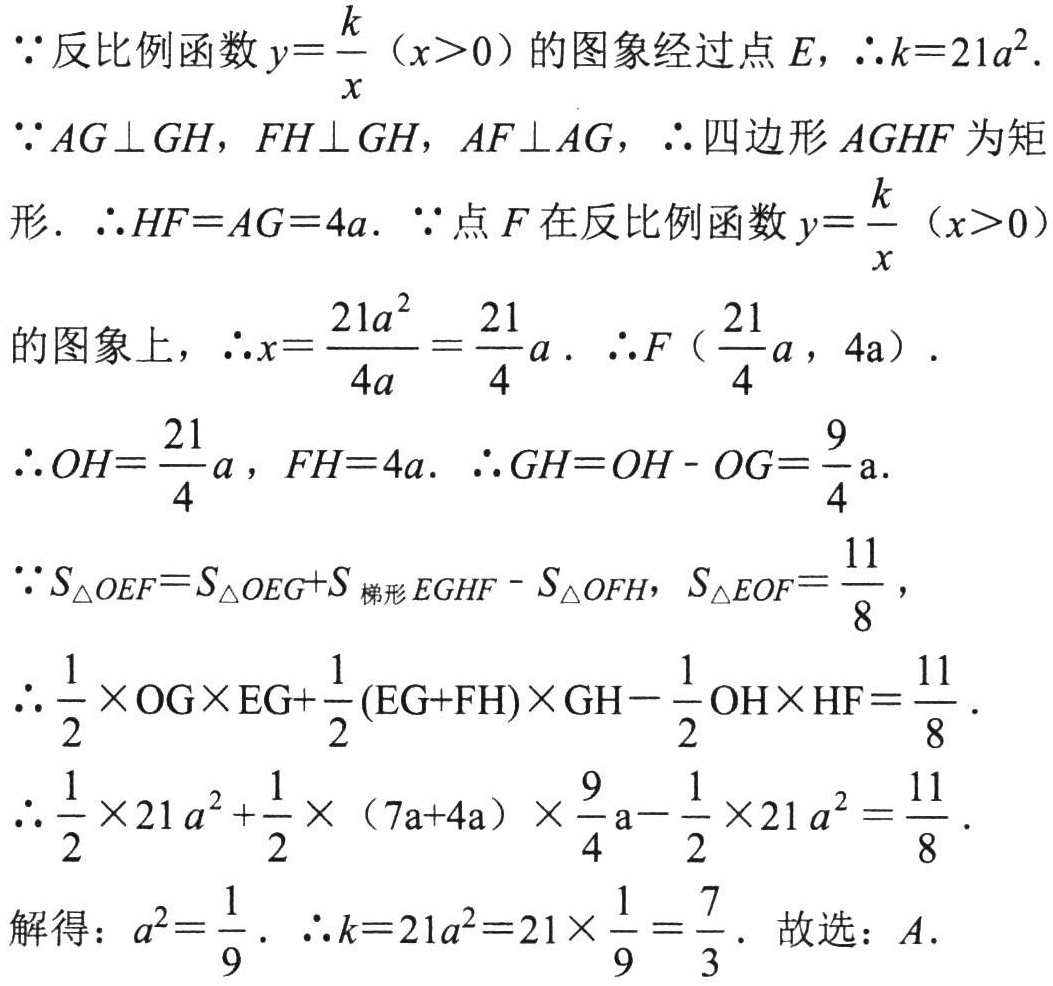
\(\because\)反比例函数\(y = \frac{k}{x}\)（\(x>0\)）的图象经过点\(E\)，\(\therefore k = 21a^{2}\).
\(\because AG\perp GH\)，\(FH\perp GH\)，\(AF\perp AG\)，\(\therefore\)四边形\(AGHF\)为矩形．\(\therefore HF = AG = 4a\). \(\because\)点\(F\)在反比例函数\(y = \frac{k}{x}\)（\(x>0\)）
的图象上，\(\therefore x=\frac{21a^{2}}{4a}=\frac{21}{4}a\). \(\therefore F\left(\frac{21}{4}a,4a\right)\).
\(\therefore OH=\frac{21}{4}a\)，\(FH = 4a\). \(\therefore GH = OH - OG=\frac{9}{4}a\).
\(\because S_{\triangle OEF}=S_{\triangle OEG}+S_{梯形EGHF}-S_{\triangle OFH}\)，\(S_{\triangle EOF}=\frac{11}{8}\)，
\(\therefore\frac{1}{2}\times OG\times EG+\frac{1}{2}(EG + FH)\times GH-\frac{1}{2}OH\times HF=\frac{11}{8}\).
\(\therefore\frac{1}{2}\times 21a^{2}+\frac{1}{2}\times(7a + 4a)\times\frac{9}{4}a-\frac{1}{2}\times 21a^{2}=\frac{11}{8}\).
解得：\(a^{2}=\frac{1}{9}\). \(\therefore k = 21a^{2}=21\times\frac{1}{9}=\frac{7}{3}\). 故选：\(A\).